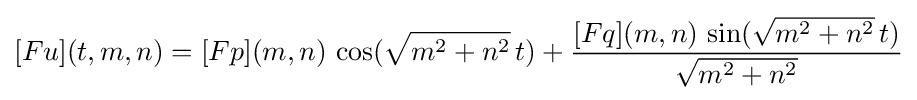
[Fu](t,m,n)=[Fp](m,n)\,\cos({\sqrt {m^{2}+n^{2}}}\,t)+{\frac {[Fq](m,n)\,\sin({\sqrt {m^{2}+n^{2}}}\,t)}{\sqrt {m^{2}+n^{2}}}}